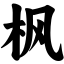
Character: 枫